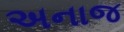
અનાજ